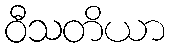
ဝီသတိယာ